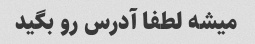
میشه لطفا آدرس رو بگید